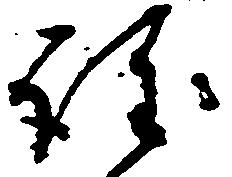
注